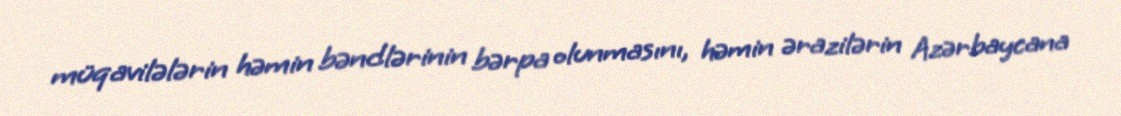
müqavilələrin həmin bəndlərinin bərpa olunmasını, həmin ərazilərin Azərbaycana